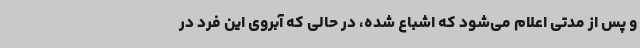
و پس از مدتی اعلام می‌شود که اشباع شده، در حالی که آبروی این فرد در